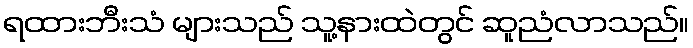
ရထားဘီးသံ များသည် သူ့နားထဲတွင် ဆူညံလာသည်။